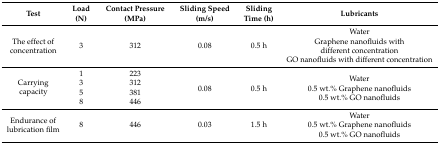
| Test | Load (N) | Contact Pressure (MPa) | Sliding Speed (m/s) | Sliding Time (h) | Lubricants |
 | --- | --- | --- | --- | --- | --- |
 | The effect of concentration | 3 | 312 | 0.08 | 0.5 h | WaterGraphene nanofluids with different concentrationGO nanofluids with different concentration |
 | <ROWSPAN=4> Carrying capacity | 1 | 223 | <ROWSPAN=4> 0.08 | <ROWSPAN=4> 0.5 h | <ROWSPAN=4> Water0.5 wt.% Graphene nanofluids0.5 wt.% GO nanofluids |
 | 3 | 312 |
 | 5 | 381 |
 | 8 | 446 |
 | Endurance of lubrication film | 8 | 446 | 0.03 | 1.5 h | Water0.5 wt.% Graphene nanofluids0.5 wt.% GO nanofluids |